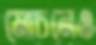
মোচনেও